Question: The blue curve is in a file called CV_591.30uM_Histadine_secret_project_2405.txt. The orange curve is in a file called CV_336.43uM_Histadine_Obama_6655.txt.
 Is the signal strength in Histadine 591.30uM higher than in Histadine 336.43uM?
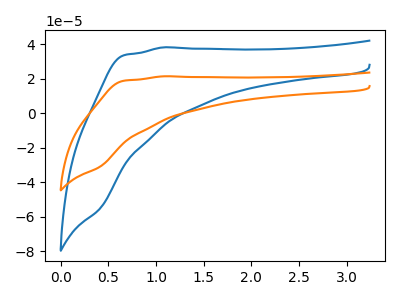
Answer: <think>The blue curve "Histadine 591.30uM" has no peaks. The orange curve "Histadine 336.43uM" has no peaks.
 Neither "Histadine 591.30uM" or "Histadine 336.43uM" have any peaks.</think>
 <answer>I cant tell if "Histadine 591.30uM" or "Histadine 336.43uM" has more signal.</answer>
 <eval>mixed_signal</eval>